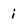
Character: i